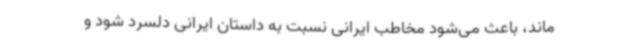
‌ماند، باعث می‌شود مخاطب ایرانی نسبت به داستان ایرانی دلسرد شود و